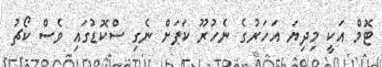
ޓޮމް އަކީ މިދިޔަ އަހަރުގެ ނެހުރޫ ކަޕަށް ނެގި ސްކޮޑުގައި ވެސް ކޯޗު